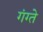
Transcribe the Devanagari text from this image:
गंग्ते